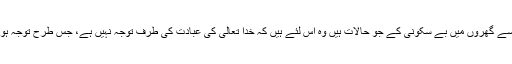
یہاں بہت سے گھروں میں بے سکونی کے جو حالات ہیں وہ اس لئے ہیں کہ خدا تعالیٰ کی عبادت کی طرف توجہ نہیں ہے، جس طرح توجہ ہونی چاہئے۔